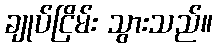
ချုပ်ငြိမ်း သွားသည်။